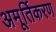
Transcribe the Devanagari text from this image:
अमूर्तिकरण